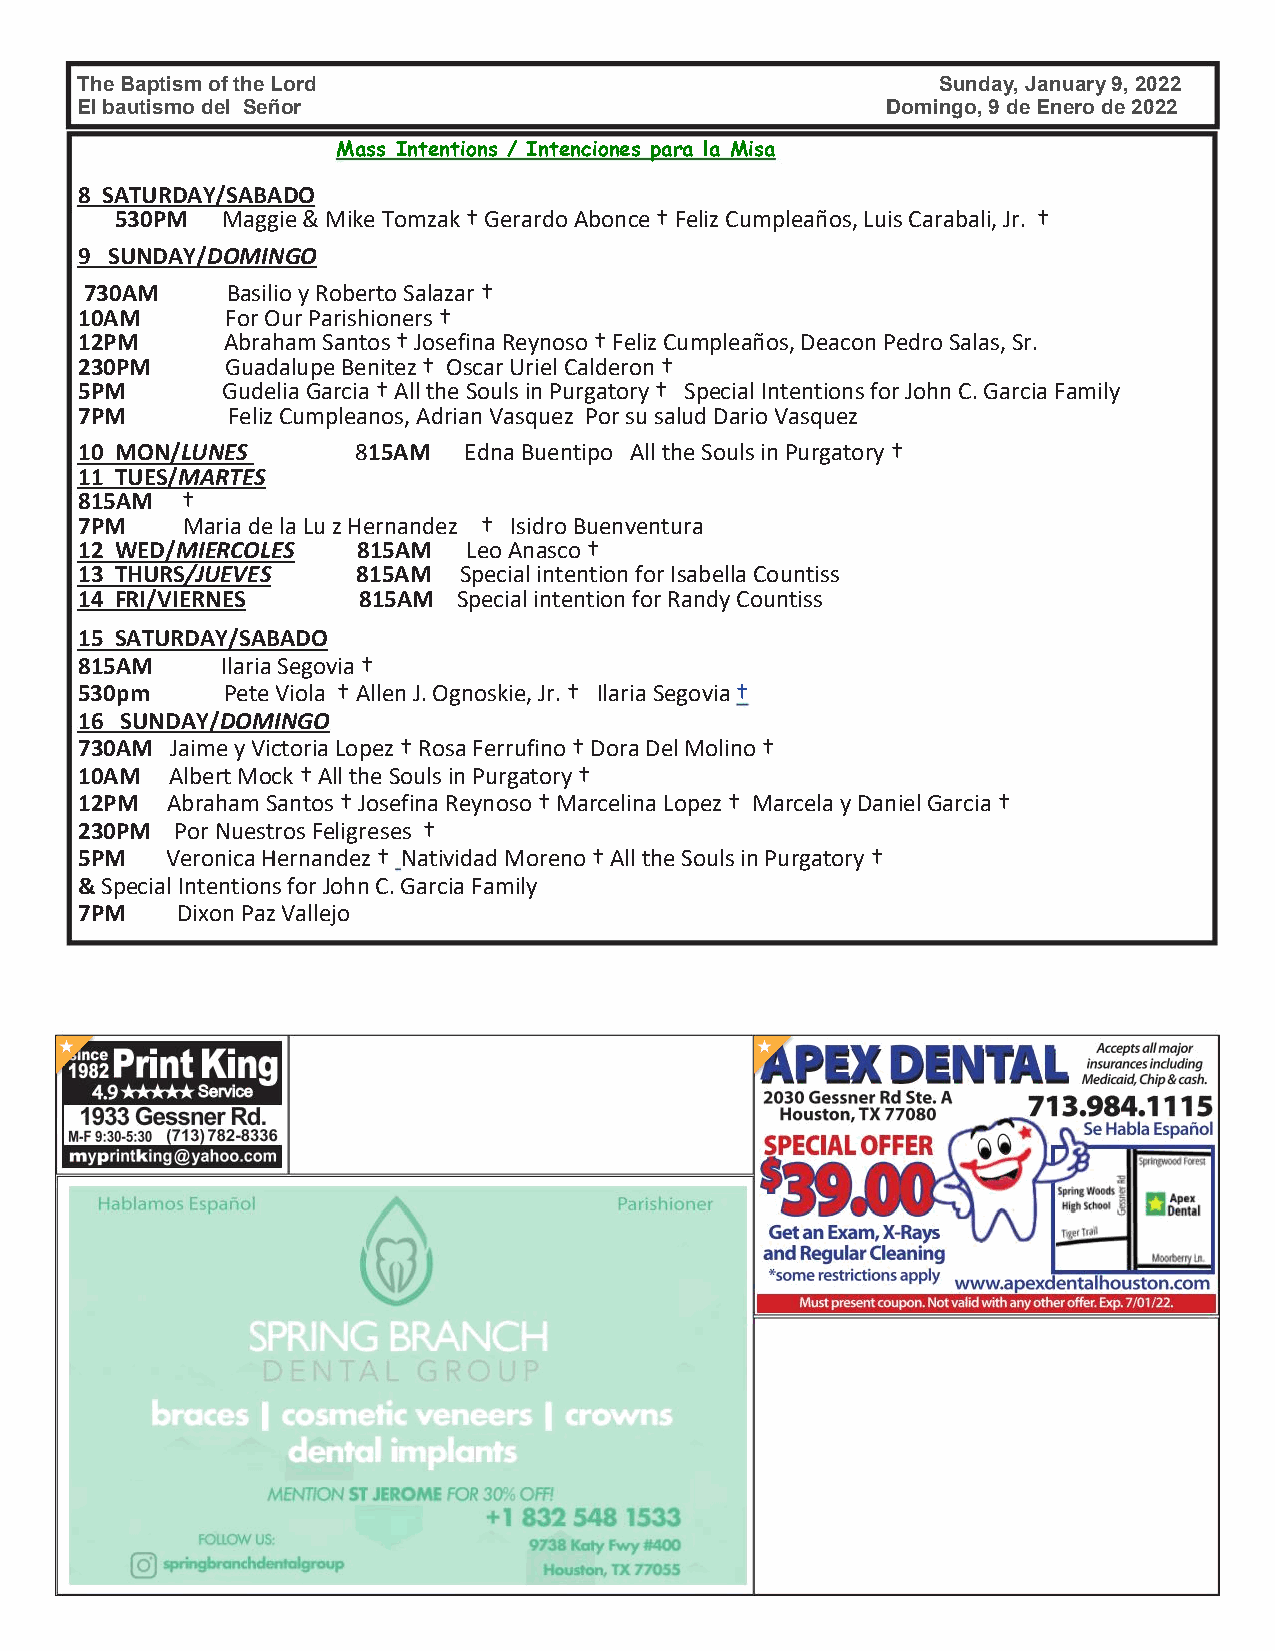
The Baptism of the Lord                                  Sunday, January 9, 2022
 El bautismo del Señor                                 Domingo, 9 de Enero de 2022
 Mass Intentions / Intenciones para la Misa
 8 SATURDAY/SABADO
 530PM  Maggie & Mike Tomzak † Gerardo Abonce † Feliz Cumpleaños, Luis Carabali, Jr. †
 9 SUNDAY/DOMINGO
 730AM    Basilio y Roberto Salazar †
 10AM      For Our Parishioners †
 12PM      Abraham Santos † Josefina Reynoso † Feliz Cumpleaños, Deacon Pedro Salas, Sr.
 230PM     Guadalupe Benitez † Oscar Uriel Calderon †
 5PM       Gudelia Garcia † All the Souls in Purgatory † Special Intentions for John C. Garcia Family
 7PM       Feliz Cumpleanos, Adrian Vasquez Por su salud Dario Vasquez
 10 MON/LUNES       815AM  Edna Buentipo All the Souls in Purgatory †
 11 TUES/MARTES
 815AM  †
 7PM    Maria de la Lu z Hernandez † Isidro Buenventura
 12 WED/MIERCOLES   815AM  Leo Anasco †
 13 THURS/JUEVES    815AM Special intention for Isabella Countiss
 14 FRI/VIERNES     815AM Special intention for Randy Countiss
 15 SATURDAY/SABADO
 815AM     Ilaria Segovia†
 530pm     Pete Viola † Allen J. Ognoskie, Jr. † Ilaria Segovia †
 16 SUNDAY/DOMINGO
 730AM Jaime y Victoria Lopez † Rosa Ferrufino † Dora Del Molino †
 10AM  Albert Mock † All the Souls in Purgatory †
 12PM  Abraham Santos † Josefina Reynoso † Marcelina Lopez † Marcela y Daniel Garcia †
 230PM  Por Nuestros Feligreses †
 5PM   Veronica Hernandez † Natividad Moreno †All the Souls in Purgatory †
 & Special Intentions for John C. Garcia Family
 7PM    Dixon Paz Vallejo